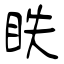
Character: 眣